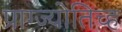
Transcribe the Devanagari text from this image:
प्राग्ज्योतिच्ह